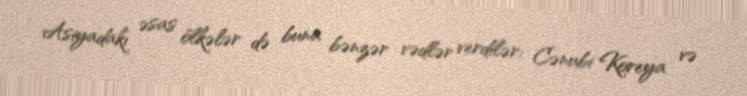
Asiyadakı əsas ölkələr də buna bənzər vədlər verdilər: Cənubi Koreya və